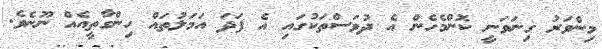
މިންވަރު ގިނަވަނީ ކޮންމެހެން އެ ދުވަސްތަކުގައި އެ ފަދަ އަމަލުތައް ހިންގާތީއެއް ނޫނެވެ.